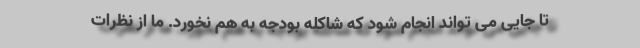
تا جایی می تواند انجام شود که شاکله بودجه به هم نخورد. ما از نظرات